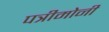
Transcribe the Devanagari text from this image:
पत्रीमोनी